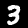
Digit: 3